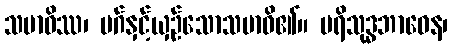
သမာဓိဿ၊ မဂ်နှင့်ယှဉ်သောသမာဓိ၏။ ပရိသုဒ္ဓဘာဝေန၊